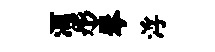
酒彤琴浮